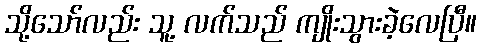
သို့သော်လည်း သူ့ လက်သည် ကျိုးသွားခဲ့လေပြီ။